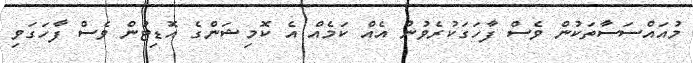
މުއައްސަސާތަކުން ވެސް ފާހަގަކުރެވުނު އެއް ކަމެއް އެ ކޮމިޝަންގެ އޮޑިޓުން ވެސް ފާހަގަވި